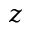
z